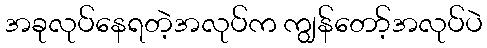
အခုလုပ်နေရတဲ့အလုပ်က ကျွန်တော့်အလုပ်ပဲ